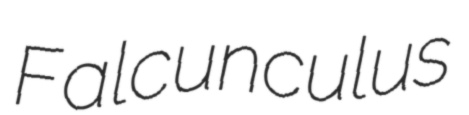
Falcunculus